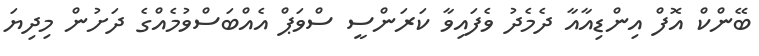
ބޭންކް އޮފް އިންޑިއާއާ ދެމެދު ވެފައިވާ ކަރަންސީ ސްވަޕް އެއްބަސްވުމެއްގެ ދަށުން މިދިޔަ